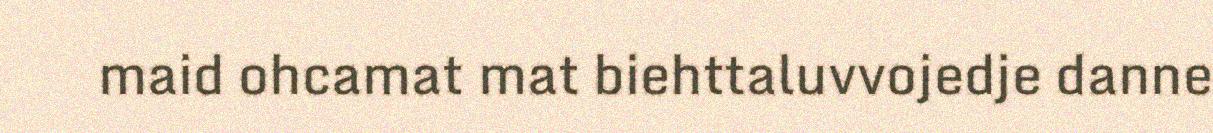
maid ohcamat mat biehttaluvvojedje danne